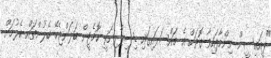
"ޕީއައިސީން ނިންމާފައިވާ ގޮތަށް އެ މައްސަލައިގައި ޑިސިޕްލިނަރީ ކޮމެޓީން ބަލަންޖެހޭ ބެލުންތައް ބެލުމަށް